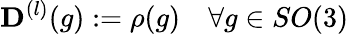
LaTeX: \mathbf{D}^{(l)}(g):=\rho(g)\quad\forall g\in SO(3)